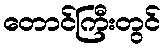
တောင်ကြီးတွင်